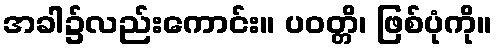
အခါ၌လည်းကောင်း။ ပဝတ္တိ၊ ဖြစ်ပုံကို။